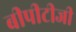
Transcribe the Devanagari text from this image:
बीपीटीजी